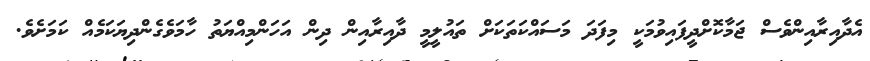
އެދާއިރާއިންވެސް ޖަމާކޮށްދީފައިވުމަކީ މިފަދަ މަސައްކަތަކަށް ތައުލީމީ ދާއިރާއިން ދިން އަހަންމިއްޔަތު ހާމަވެގެންދިޔަކަމެއް ކަމަށެވެ.